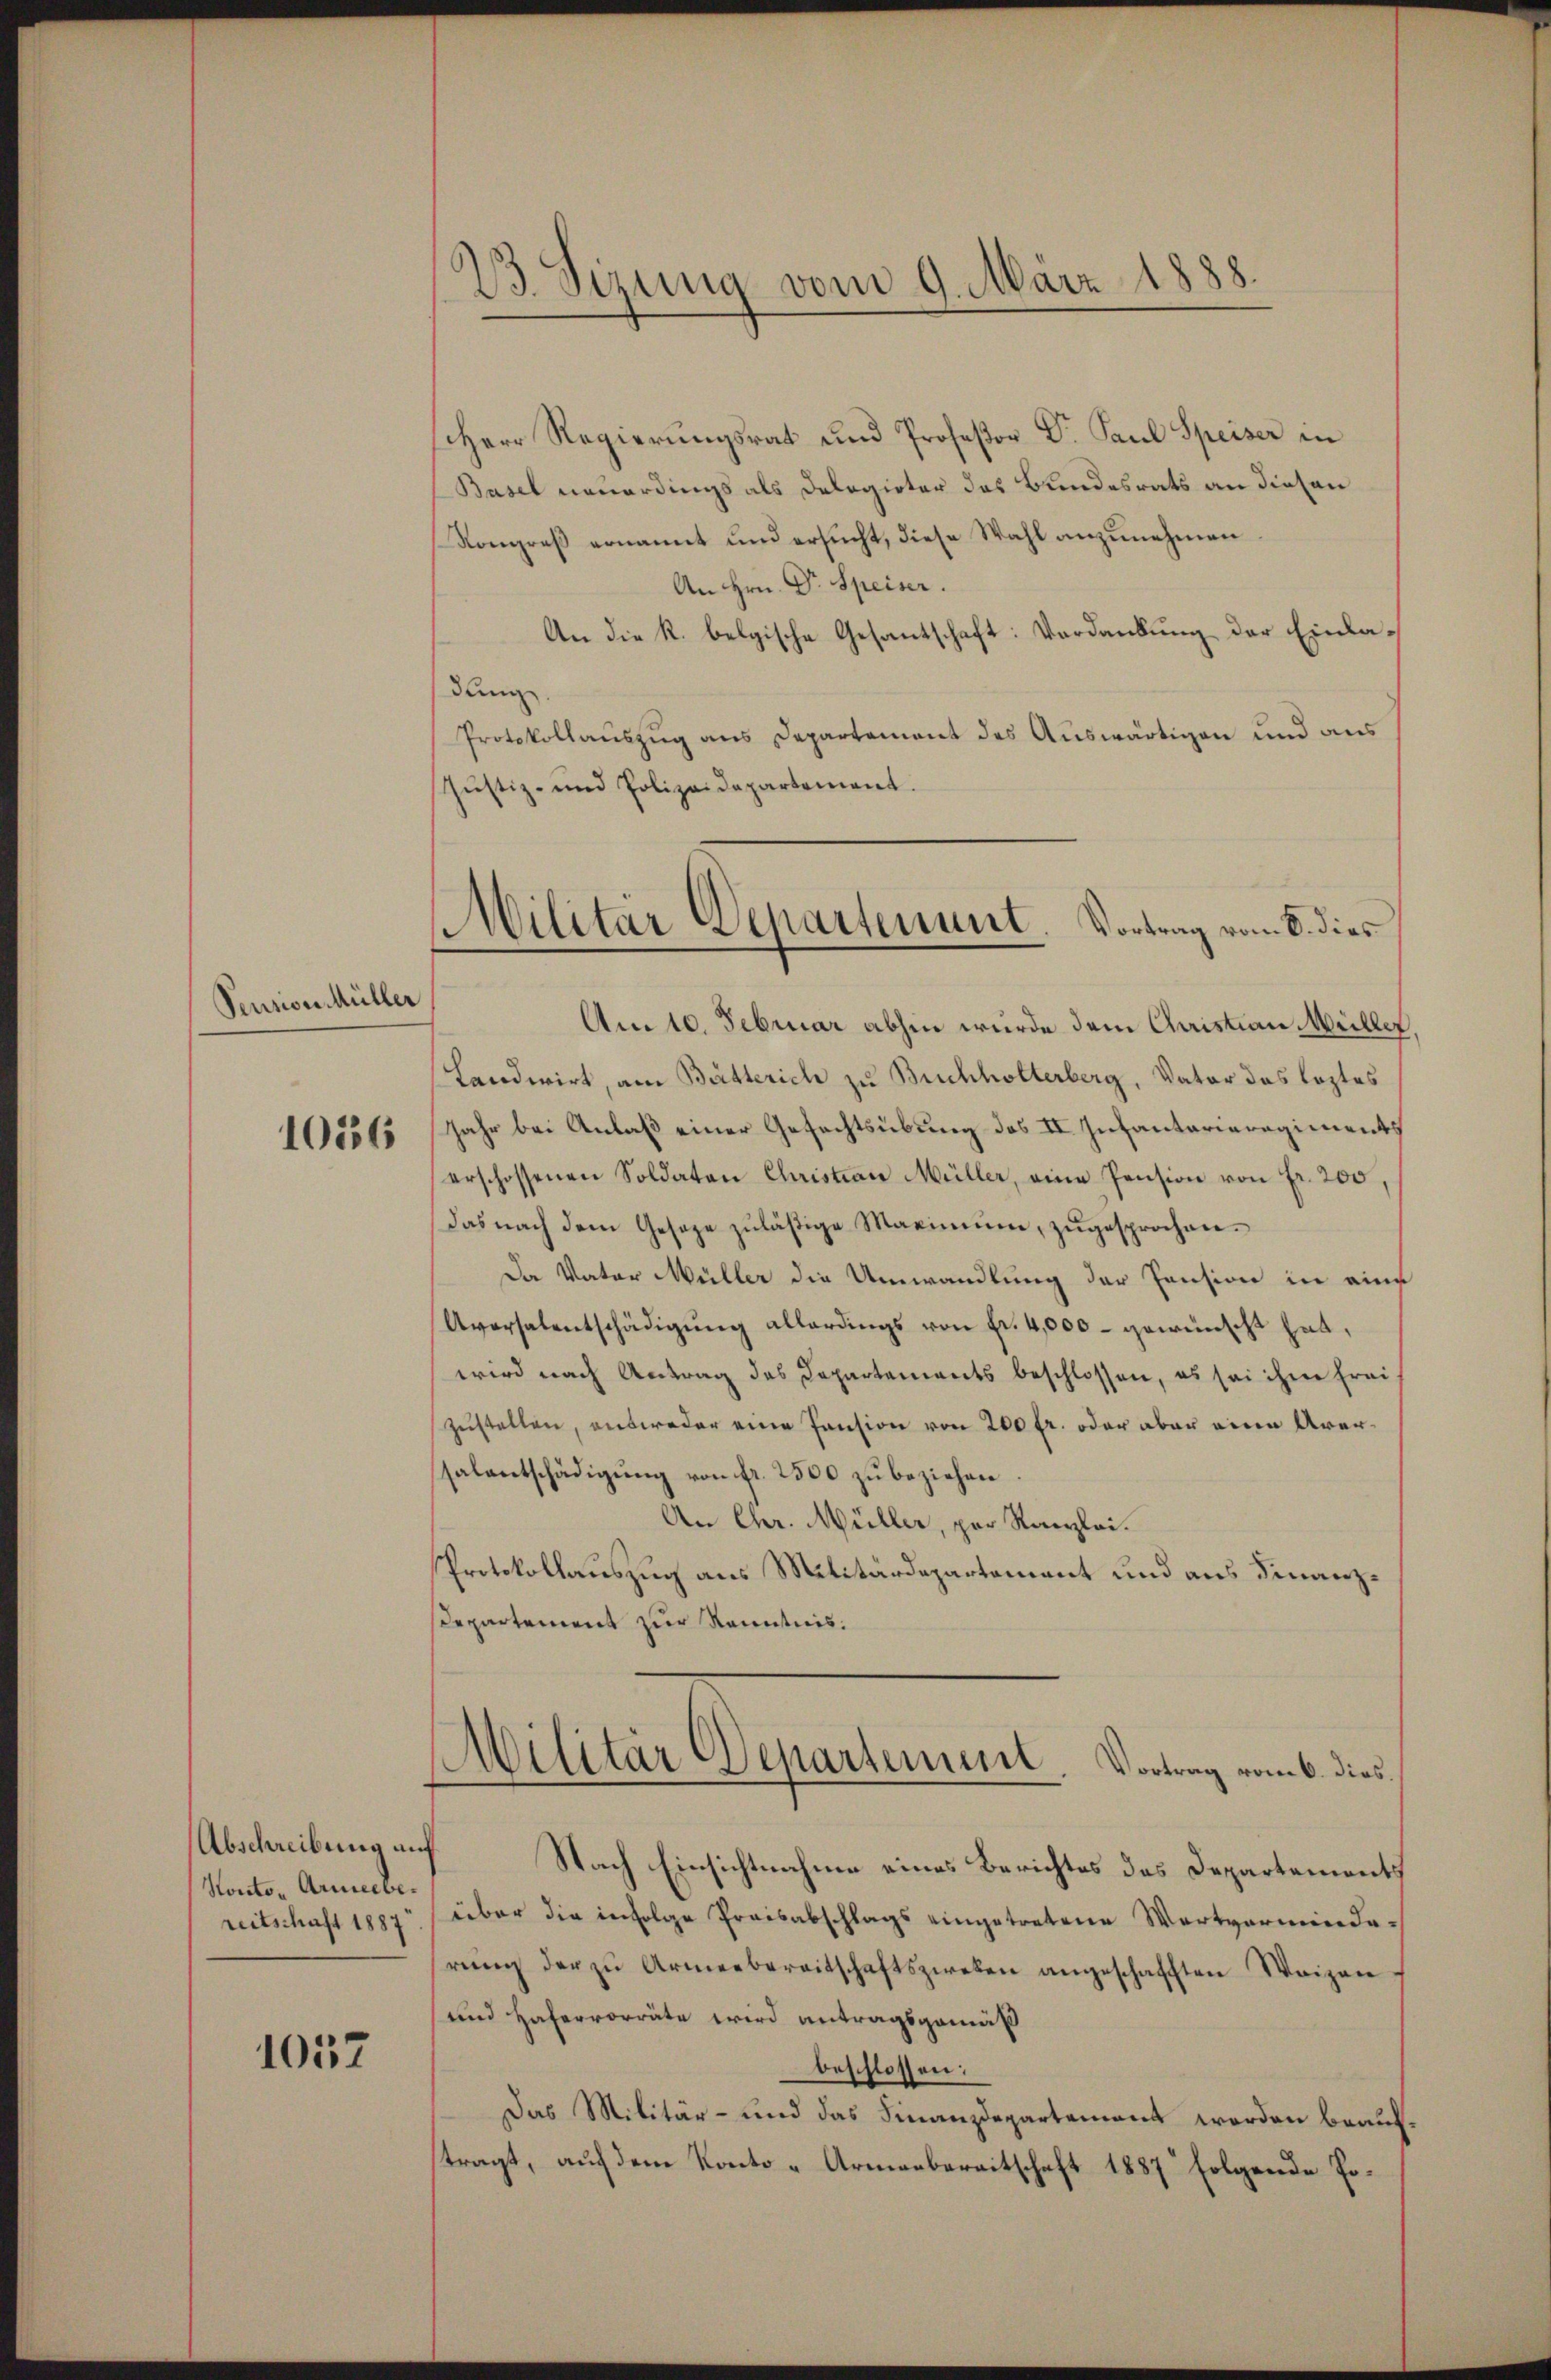
Pension Müller

1036

Abschreibung auf
Konto- Armeebereitschaft 1887

1057

23. Sizung vom 9. März 1888.

Herr Regierungsrat und Profeßor Dr. Paul Speiser in
Basel neuerdings als Delegirter das Bundesrats an diesen
Kongreß ernannt und ersucht, diese Wahl anzunehmen
An Hrn. Dr. Speiser.
An die k. belgische Gesantschaft: Verdankung der Einladung.
Protokollauszug aus Departement des Auswärtigen und aus
Justiz- und Polizeidepartement.
Am 10. Februar abhin wurde dem Christian Müller
Landwirt, am Butterich zu Buchholterberg, Vater das leztes
Jahr bei Anlaß einer Gefechtsübung des II. Infantarieregiments
erschossenen Soldaten Christian Müller, eine Pension von Fr. 200,
das nach dem Geseze zuläßige Maximŭm, zŭgesprochen.
Da Vater Müller die Umwandlung der Pension in eine
Aversalentschädigŭng allerdings von Fr. 4,000 - gewünscht hat,
wird nach Antrag des Departements beschlossen, es sei ihme frei
zustellen, ausweder eine Pension von 200 fr. oder aber eine Aversalentschädigŭng von fr. 2500 zŭ beziehen
An Chr. Müller, par Kanzlei.
Protokollauszug aus Militärdepartement und aus Finanz¬
Departement zur Kenntnis.
Militär Departement. Vortrag vom 6. dies
Nach Einsichtnahme eines Berichtes des Departements
über die infolge Preisabschlags eingetretene Wertverminde-
rŭng der zŭ Armeebereitschaftszweben angeschafften Waizen
und Hafervorräte wird antragsgemäß
beschlossen:
Das Militär- und das Finanzdepartement worden beauftragt, auf dem Konto-Armenbereitschaft 1887 folgende Po¬

Militär Departenunt. Vortrag vom 8. dies